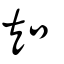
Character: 知